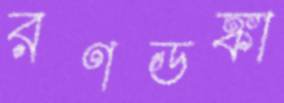
রণডঙ্কা